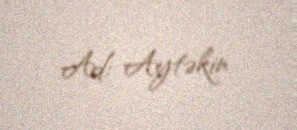
Ad: Aytəkin